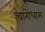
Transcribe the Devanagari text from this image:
चारोंधाम